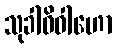
သုခါဓိဝါဟော